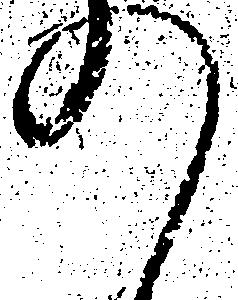
の